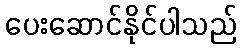
ပေးဆောင်နိုင်ပါသည်